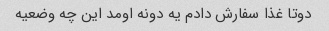
دوتا غذا سفارش دادم یه دونه اومد این چه وضعیه